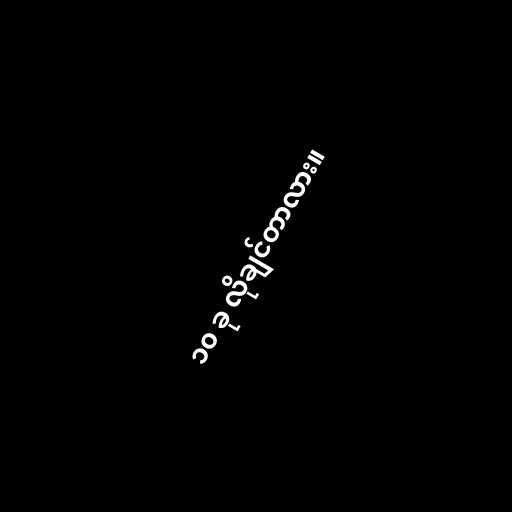
၁၀ ခု လိုချင်တာလား။